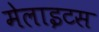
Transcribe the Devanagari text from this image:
मेलाइटस